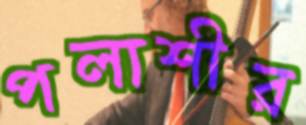
পলাশীর